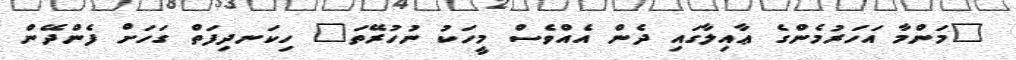
"މަންމާ އަހަރުމެންގެ ޢާއިލާގައި ދެން އެއްވެސް މީހަކު ނުހުރޭތަ" ހިކަނދިފަތް ގަހަށް ފެންދޭން